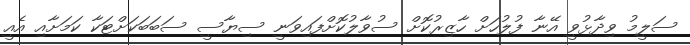
ސަލީމު ވިދާޅުވީ އޭނާ ފުލުހަށް ހާޒިރުކޮށް ސުވާލުކޮށްފައިވަނީ ސިޔާސީ ސަބަބަކަށްޓަކާ ކަމަށާއި އެއީ